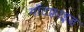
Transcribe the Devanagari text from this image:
गॉटफ़्राइड